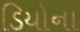
ડિયોના